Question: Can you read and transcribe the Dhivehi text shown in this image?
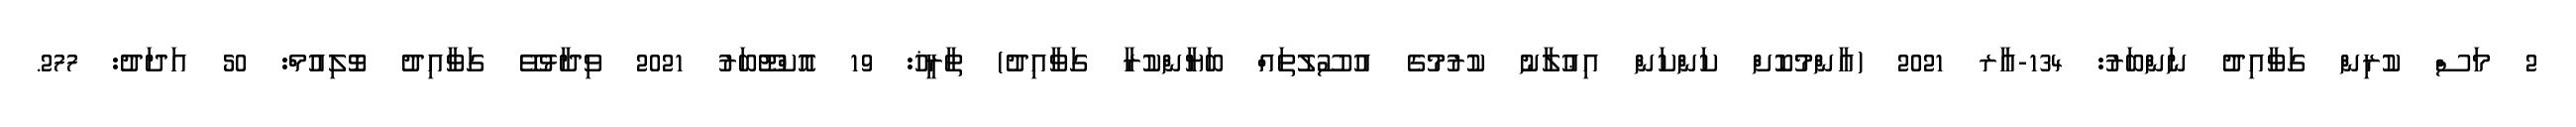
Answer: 2 މަސް ކުރިން ގަވާއިދު ނަންބަރު: 134-އާރ 2021 (އާންމުކޮށް ކަންކަން އިޢުލާނު ކުރުމުގެ އުސޫލުތައް ބަޔާންކުރާ ގަވާއިދު) ތާރީޚު: 19 އޮކްޓޫބަރު 2021 ވިދާޅުވޭ ގަވާއިދު ވޮލިއުމް: 50 އަދަދު: 277.